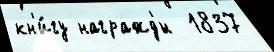
кн'и́гу награжд'́н  1837